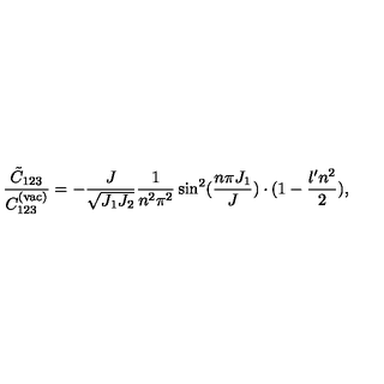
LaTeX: \frac { \tilde { C } _ { 1 2 3 } } { C _ { 1 2 3 } ^ { ( \mathrm { v a c ) } } } = - \frac { J } { \sqrt { J _ { 1 } J _ { 2 } } } \frac { 1 } { n ^ { 2 } \pi ^ { 2 } } \sin ^ { 2 } ( \frac { n \pi J _ { 1 } } { J } ) \cdot ( 1 - \frac { \l ^ { \prime } n ^ { 2 } } { 2 } ) ,